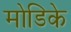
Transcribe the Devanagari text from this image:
मोडिके